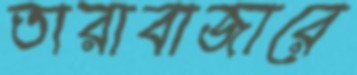
তারাবাজারে